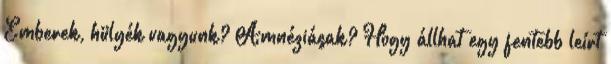
Emberek, hülyék vagyunk? Amnéziásak? Hogy állhat egy fentebb leírt